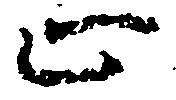
止